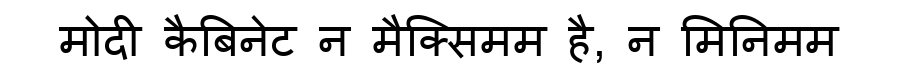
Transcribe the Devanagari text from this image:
मोदी कैबिनेट न मैक्सिमम है, न मिनिमम